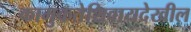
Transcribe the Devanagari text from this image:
कामुकतेशिवायदेखील